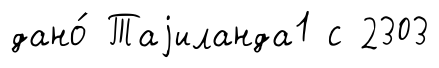
дано́ Таjиланда1 с 2303